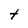
Character: t